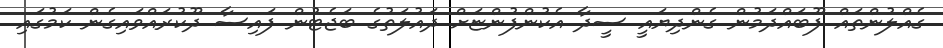
ގެއްލުންތައް ފޫބައްދަމުން ގެންދިޔައީ ސީދާ އެކުންފުންޏަށް ދައުލަތުގެ ބަޖެޓުން ފައިސާ ދޫކުރައްވައިގެން ކަމުގައި